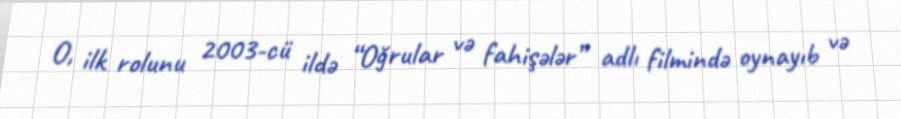
O, ilk rolunu 2003-cü ildə “Oğrular və fahişələr” adlı filmində oynayıb və